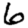
Digit: 6